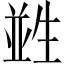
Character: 𤯭